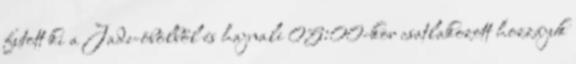
futott ki a Jade-öbölből és hajnali 05:00-kor csatlakozott hozzájuk